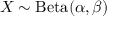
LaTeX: X \sim \operatorname { B e t a } ( \alpha , \beta )